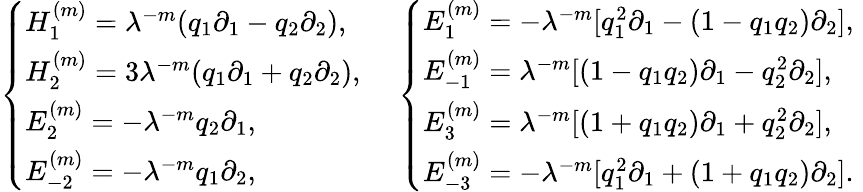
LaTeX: \left.\begin{array}{ll}{{{\left\{ \begin{array}{l}{{H_{1}^{(m)}=\lambda^{-m}(q_{1}\partial_{1}-q_{2}\partial_{2}),\, \, }}\\ {{H_{2}^{(m)}=3\lambda^{-m}(q_{1}\partial_{1}+q_{2}\partial_{2}),\, \, }}\\ {{E_{2}^{(m)}=-\lambda^{-m}q_{2}\partial_{1},\, \, }}\\ {{E_{-2}^{(m)}=-\lambda^{-m}q_{1}\partial_{2},\, \, }}\end{array}\right.}}}&{{{\left\{ \begin{array}{l}{{E_{1}^{(m)}=-\lambda^{-m}[q_{1}^{2}\partial_{1}-(1-q_{1}q_{2})\partial_{2}],\, \, }}\\ {{E_{-1}^{(m)}=\lambda^{-m}[(1-q_{1}q_{2})\partial_{1}-q_{2}^{2}\partial_{2}],\, \, }}\\ {{E_{3}^{(m)}=\lambda^{-m}[(1+q_{1}q_{2})\partial_{1}+q_{2}^{2}\partial_{2}],\, \, }}\\ {{E_{-3}^{(m)}=-\lambda^{-m}[q_{1}^{2}\partial_{1}+(1+q_{1}q_{2})\partial_{2}].}}\end{array}\right.}}}\end{array}\right.